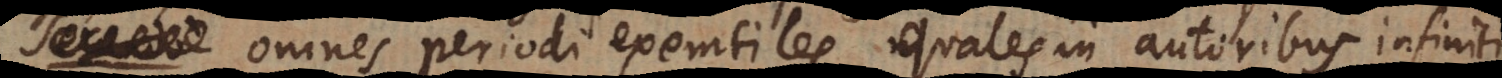
omnes periodi exemtiles quales in autoribus infiniti